Report on vaccination North-West Frontier Province 1904-1922 - 1904-1922
Year: 1904
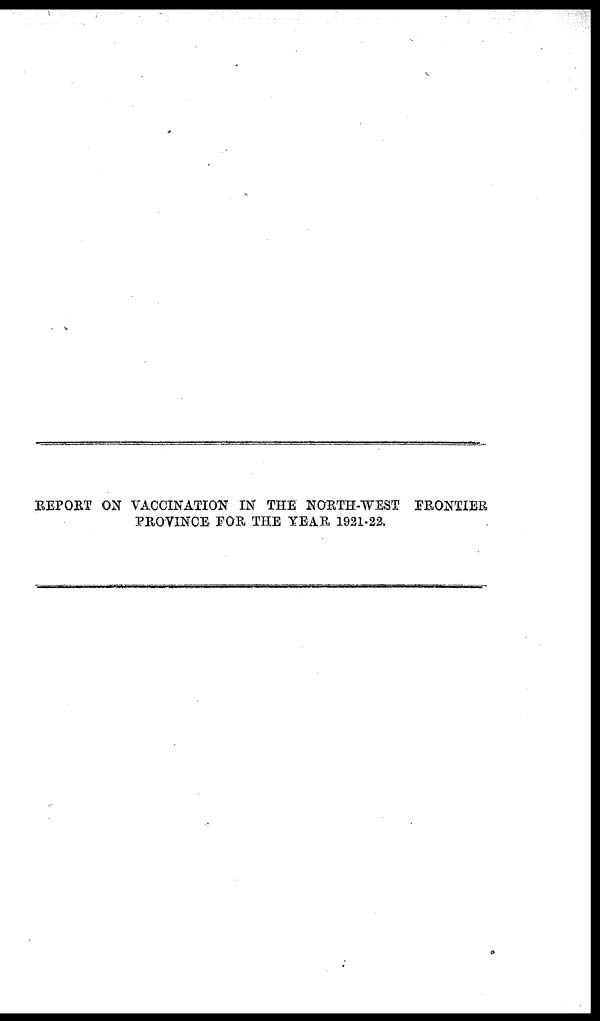
REPORT ON VACCINATION IN THE NORTH-WEST FRONTIER
PROVINCE FOR THE YEAR 1921-22.